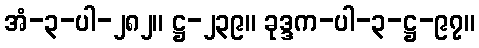
အံ-၃-ပါ-၂၈၂။ ဋ္ဌ-၂၃၉။ ခုဒ္ဒက-ပါ-၃-ဋ္ဌ-၉၇။